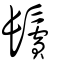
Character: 鬢